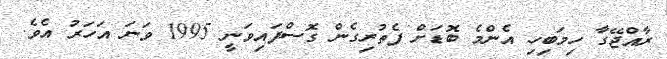
ރާއްޖޭގާ ހިމަބިހި އެންމެ ބޮޑަށް ފެތުރިގެން ގޮސްފައިވަނީ 1995 ވަނަ އަހަރު އެވެ.